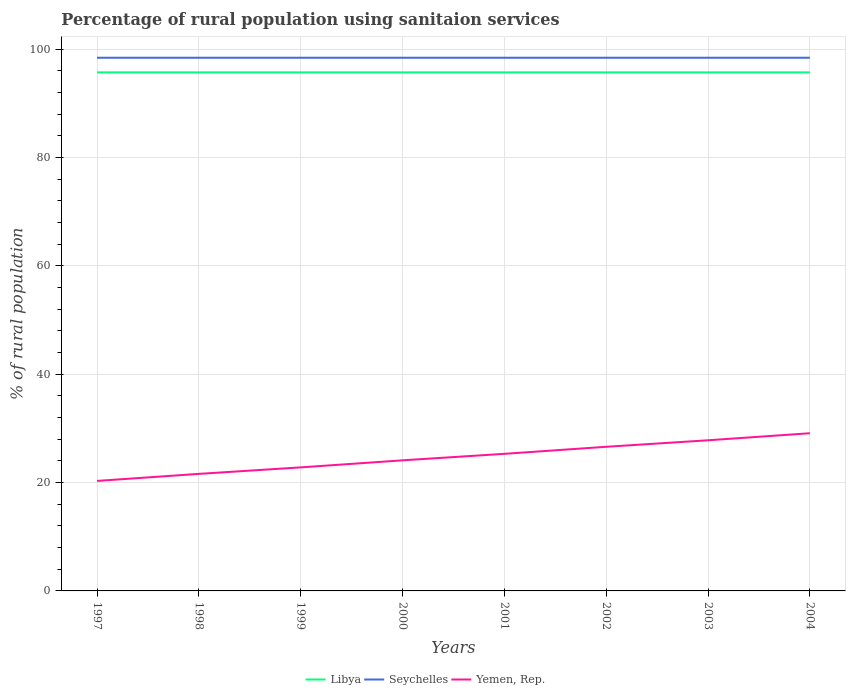
| Years | Libya | Seychelles | Yemen, Rep. |
 | --- | --- | --- | --- |
 | 1997 | 95.7 | 98.4 | 20.3 |
 | 1998 | 95.7 | 98.4 | 21.6 |
 | 1999 | 95.7 | 98.4 | 22.8 |
 | 2000 | 95.7 | 98.4 | 24.1 |
 | 2001 | 95.7 | 98.4 | 25.3 |
 | 2002 | 95.7 | 98.4 | 26.6 |
 | 2003 | 95.7 | 98.4 | 27.8 |
 | 2004 | 95.7 | 98.4 | 29.1 |